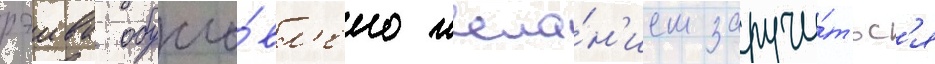
рэива обусло́вл'ено жела́н'ием заручи́тьс'я